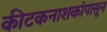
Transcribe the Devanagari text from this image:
कीटकनाशकांपासून